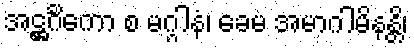
အဋ္ဌင်္ဂိကော စ မဂ္ဂါနံ၊ ခေမံ အမာဂါမိနန္တိ၊